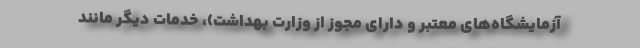
آزمایشگاه‌های معتبر و دارای مجوز از وزارت بهداشت)، خدمات دیگر مانند